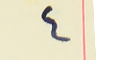
٤